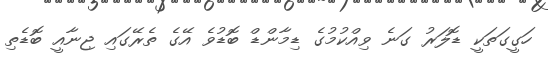
ހަގީގަތަކީ ޑޮލަރު ގަނެ ވިއްކުމުގެ ޑިމާންޑް ބޮޑުވެ އޭގެ ތެރޭގައި ޖިނާއީ ބޮޑެތި